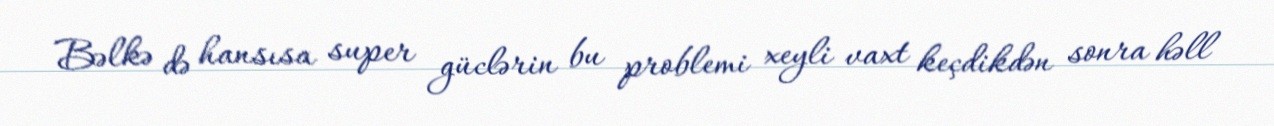
Bəlkə də hansısa super güclərin bu problemi xeyli vaxt keçdikdən sonra həll